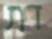
דת